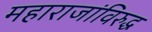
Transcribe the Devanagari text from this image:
महाराजांविरुद्ध